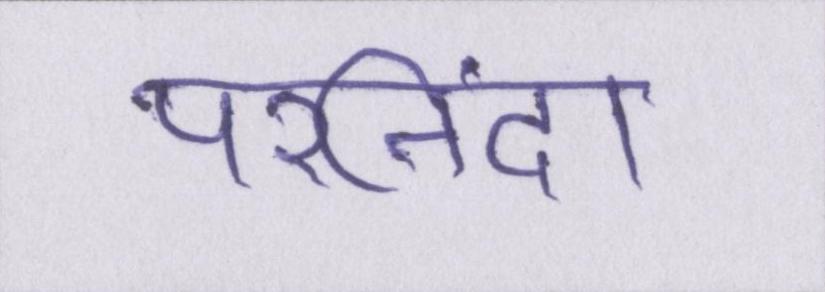
परनिंदा